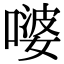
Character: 嘙